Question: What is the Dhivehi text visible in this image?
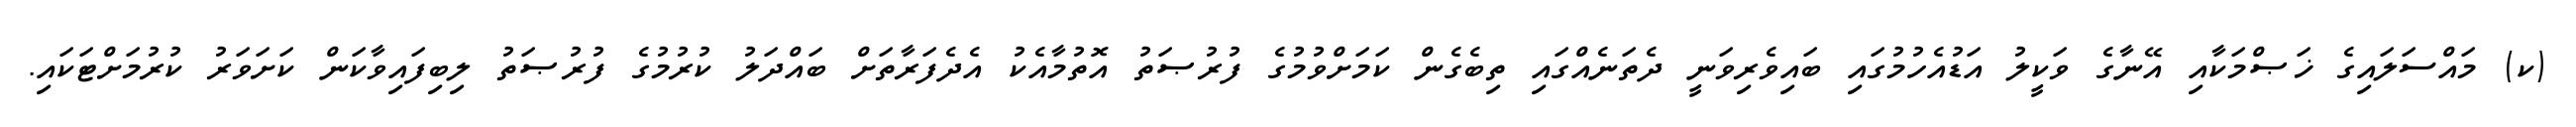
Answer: (ކ) މައްސަލައިގެ ޚަޞްމަކާއި އޭނާގެ ވަކީލު އަޑުއެހުމުގައި ބައިވެރިވަނީ ދެތަނެއްގައި ތިބެގެން ކަމަށްވުމުގެ ފުރުޞަތު އޮތުމާއެކު އެދެފަރާތަށް ބައްދަލު ކުރުމުގެ ފުރުޞަތު ލިބިފައިވާކަން ކަށަވަރު ކުރުމަށްޓަކައި.